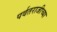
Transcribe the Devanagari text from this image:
पर्वतराजीच्या